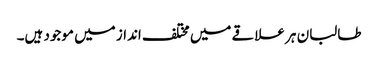
طالبان ہر علاقے میں مختلف انداز میں موجود ہیں۔